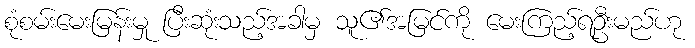
စုံစမ်းမေးမြန်းမှု ပြီးဆုံးသည့်အခါမှ သူ၏အမြင်ကို မေးကြည့်ရဦးမည်ဟု